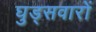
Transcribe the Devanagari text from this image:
घुड्सवारों